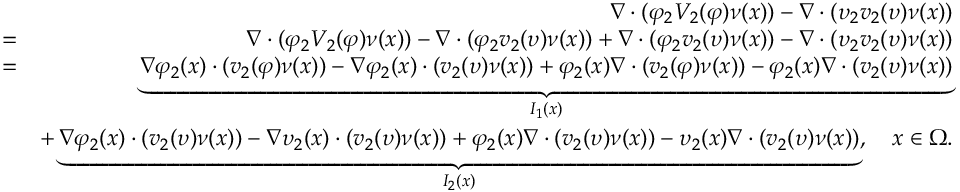
\begin{array} { r l r } & { } & { \nabla \cdot ( \varphi _ { 2 } V _ { 2 } ( \varphi ) \nu ( x ) ) - \nabla \cdot ( \upsilon _ { 2 } v _ { 2 } ( \upsilon ) \nu ( x ) ) } \\ & { = } & { \nabla \cdot ( \varphi _ { 2 } V _ { 2 } ( \varphi ) \nu ( x ) ) - \nabla \cdot ( \varphi _ { 2 } v _ { 2 } ( \upsilon ) \nu ( x ) ) + \nabla \cdot ( \varphi _ { 2 } v _ { 2 } ( \upsilon ) \nu ( x ) ) - \nabla \cdot ( \upsilon _ { 2 } v _ { 2 } ( \upsilon ) \nu ( x ) ) } \\ & { = } & { \underbrace { \nabla \varphi _ { 2 } ( x ) \cdot ( v _ { 2 } ( \varphi ) \nu ( x ) ) - \nabla \varphi _ { 2 } ( x ) \cdot ( v _ { 2 } ( \upsilon ) \nu ( x ) ) + \varphi _ { 2 } ( x ) \nabla \cdot ( v _ { 2 } ( \varphi ) \nu ( x ) ) - \varphi _ { 2 } ( x ) \nabla \cdot ( v _ { 2 } ( \upsilon ) \nu ( x ) ) } _ { I _ { 1 } ( x ) } } \\ & { } & { + \underbrace { \nabla \varphi _ { 2 } ( x ) \cdot ( v _ { 2 } ( \upsilon ) \nu ( x ) ) - \nabla \upsilon _ { 2 } ( x ) \cdot ( v _ { 2 } ( \upsilon ) \nu ( x ) ) + \varphi _ { 2 } ( x ) \nabla \cdot ( v _ { 2 } ( \upsilon ) \nu ( x ) ) - \upsilon _ { 2 } ( x ) \nabla \cdot ( v _ { 2 } ( \upsilon ) \nu ( x ) ) } _ { I _ { 2 } ( x ) } , \quad x \in \Omega . } \end{array}